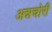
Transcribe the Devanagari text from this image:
अन्नचोरी